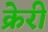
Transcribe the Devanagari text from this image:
क्रेरी